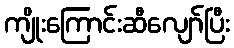
ကျိုးကြောင်းဆီလျော်ပြီး